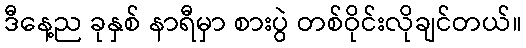
ဒီနေ့ည ခုနှစ် နာရီမှာ စားပွဲ တစ်ဝိုင်းလိုချင်တယ်။